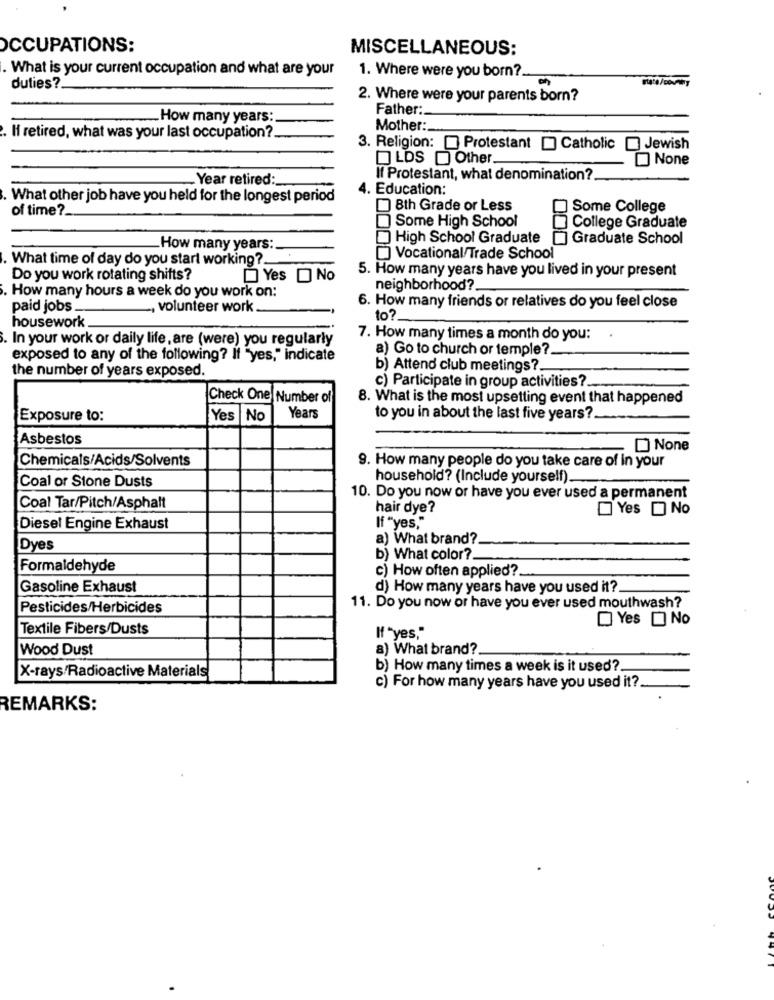
OCCUPATIONS:
MISCELLANEOUS:
What is your current occupation and what are your
1. Where were you born ?.
duties ?.
2. Where were your parents born?
Father:
.How many years:
Mother:
If retired, what was your last occupation ?_
3. Religion: [ Protestant Catholic Jewish
LOS D Other_
Year retired :_
If Protestant, what denomination?
4. Education:
What other job have you held for the longest period
of time ?.
8th Grade or Less
Some College
Some High School
College Graduate
High School Graduate [] Graduate School
_How many years :.
.What time of day do you start working ?.
Vocational/Trade School
5. How many years have you lived in your present
Do you work rotating shifts?
Yes D No
neighborhood?
. How many hours a week do you work on:
paid jobs.
.., volunteer work
6. How many friends or relatives do you feel close
to?
housework
In your work or daily life, are (were) you regularly
7. How many times a month do you:
a) Go to church or temple ?.
exposed to any of the following? If "yes," indicate
the number of years exposed.
b) Attend club meetings ?.
c) Participate in group activities?
Check One Number of
8. What is the most upsetting event that happened
Exposure to:
Yes | No
Years
to you in about the last five years ?.
Asbestos
Chemicals/Acids/Solvents
9. How many people do you take care of in your
household? (Include yourself).
Coal or Stone Dusts
10. Do you now or have you ever used a permanent
Coal Tar/Pitch/Asphalt
hair dye?
Yes D No
Diesel Engine Exhaust
If "yes,"
a) What brand?
Dyes
b) What color ?.
Formaldehyde
c) How often applied ?.
Gasoline Exhaust
d) How many years have you used it?
Pesticides/Herbicides
11. Do you now or have you ever used mouthwash?
Yes D No
Textile Fibers/Dusts
If "yes,"
Wood Dust
a) What brand ?.
X-rays/Radioactive Materials
b) How many times a week is it used?
c) For how many years have you used it?
REMARKS: